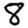
Digit: 8